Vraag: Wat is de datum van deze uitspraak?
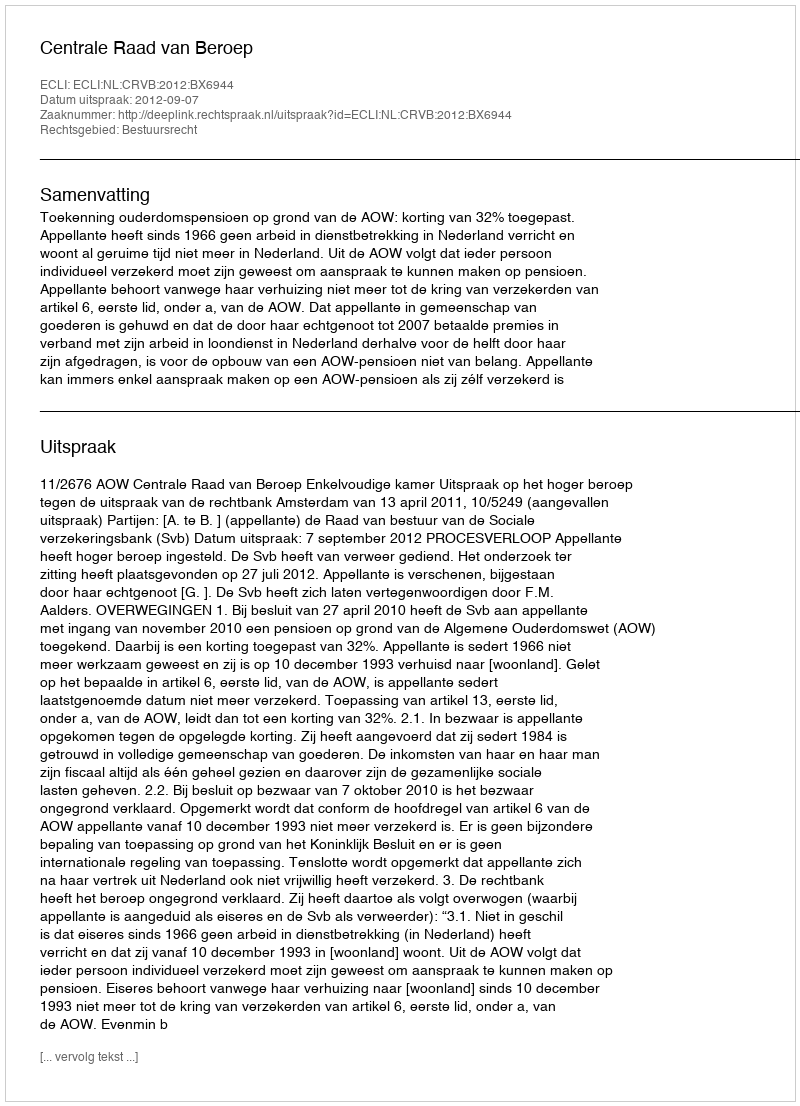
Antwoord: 2012-09-07